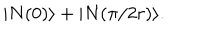
| N ( 0 ) \rangle + | N ( \pi / 2 r ) \rangle .